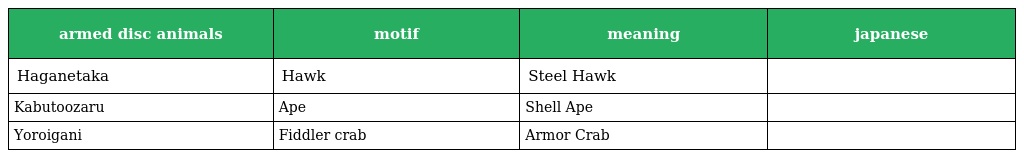
| armed disc animals | motif | meaning | japanese |
 | --- | --- | --- | --- |
 | Haganetaka | Hawk | Steel Hawk | 鋼鷹 |
 | Kabutoozaru | Ape | Shell Ape | 兜大猿 |
 | Yoroigani | Fiddler crab | Armor Crab | 鎧蟹 |